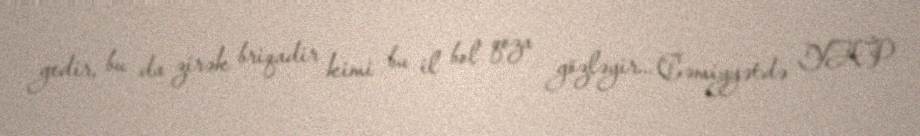
gedir, bu da zirək briqadir kimi bu il bol qoza gözləyir... Cəmiyyətdə YAP